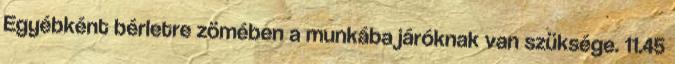
Egyébként bérletre zömében a munkába járóknak van szüksége. 11.45